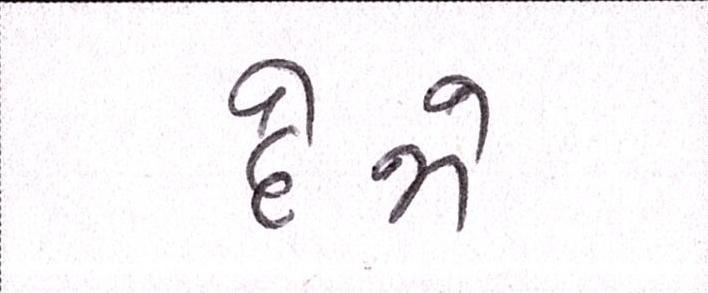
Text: દેજો